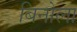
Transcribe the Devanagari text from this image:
बिनोला